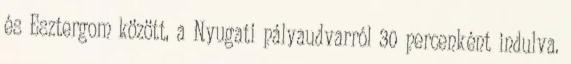
és Esztergom között, a Nyugati pályaudvarról 30 percenként indulva.